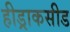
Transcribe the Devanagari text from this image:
हीड्राकसीड